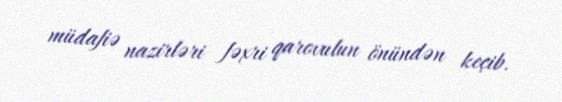
müdafiə nazirləri fəxri qarovulun önündən keçib.